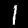
Digit: 1